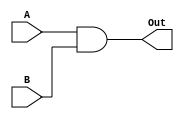
		//AND gate
module AND_gate(A, B, Out); 
  input [31:0] A;
  input [31:0] B;
  output [31:0] Out;
  assign Out = (A & B);
endmodule